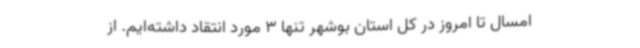
امسال تا امروز در کل استان بوشهر تنها 3 مورد انتقاد داشته‌ایم. از